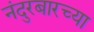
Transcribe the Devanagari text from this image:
नंदुरबारच्या